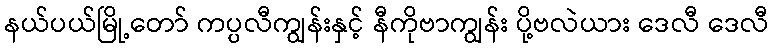
နယ်ပယ်မြို့တော် ကပ္ပလီကျွန်းနှင့် နီကိုဗာကျွန်း ပို့ဗလဲယား ဒေလီ ဒေလီ